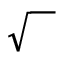
\sqrt { \phantom { b } }